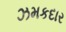
ઝમકદાર